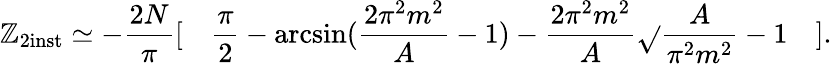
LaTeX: \mathbb{Z}_{2\mathrm{{inst}}}\simeq-\frac{{2N}}{{\pi}}[\quad\frac{{\pi}}{{2}}-\arcsin(\frac{{2\pi^{2}m^{2}}}{{A}}-1)-\frac{{2\pi^{2}m^{2}}}{{A}}\sqrt{}{{\frac{{A}}{{\pi^{2}m^{2}}}-1}}\quad].